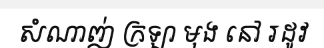
សំណាញ់ ក្រឡា មុង នៅ រដូវ